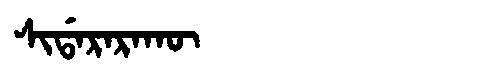
Manchu: ᠰᡳᡩᠠᡵᠠᡵᠠᡴᡡ
Romanization: SIDARARAKŪ